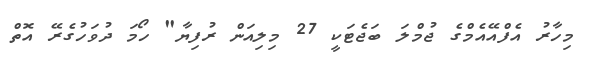
މިހާރު އެފްއޭއެމްގެ ޖުމްލަ ބަޖެޓަކީ 27 މިލިއަން ރުފިޔާ" ހޯމަ ދުވަހުގެރޭ އޮތް